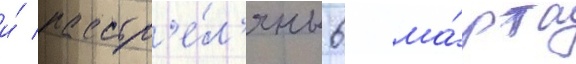
и́ расстр'е́л'яны 6 ма́рта